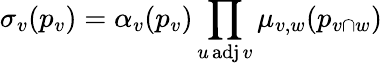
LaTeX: \sigma_{v}(p_{v})=\alpha_{v}(p_{v})\prod_{u\operatorname{adj}v}\mu_{v,w}(p_{v\cap w})